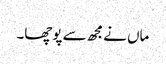
ماں نےمجھ سے پوچھا۔